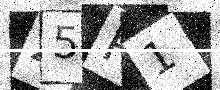
Text: Z5R1